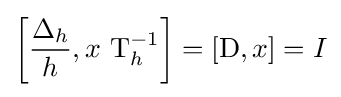
\left[{\frac {\Delta _{h}}{h}},x\,\operatorname {T} _{h}^{-1}\right]=[\operatorname {D} ,x]=I